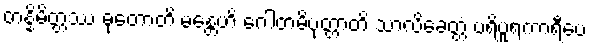
တန္နိမိတ္တဿ ဓုတောတိ မန္တေဟိ ဂေါတမိပုတ္တာတိ သာလိခေတ္တံ ပရိပူရကာရီပေ